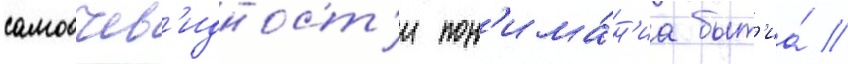
самоочев'идност'и пон'има́н'иа быт'иа́ //